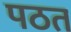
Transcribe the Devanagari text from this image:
पठत